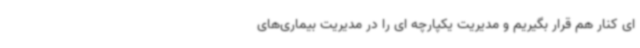
ای کنار هم قرار بگیریم و مدیریت یکپارچه ای را در مدیریت بیماری‌های